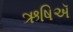
ઋષિઍ